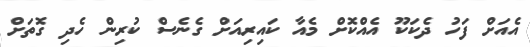
އެއަށް ފަހު ދެކަކޫ އެއްކޮށް މެއާ ކައިރިއަށް ގެނެސް ކުރިން ހެދި ގޮތަށް